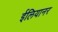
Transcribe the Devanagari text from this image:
ईलियानर